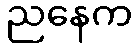
ညနေက